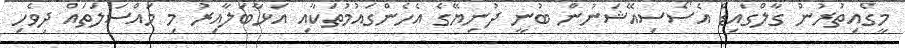
މީގެއިތުރުން ގާލްގައިޑް އެސޯސިއޭޝަނުން ބުނީ ދުނިޔޭގެ އެހެންގައުމުތަކާއި އަޅާބަލާއިރު މި މައްސަލަތައް ދިވެހި